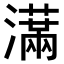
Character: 𤂙